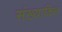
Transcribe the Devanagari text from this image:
संख्याकित